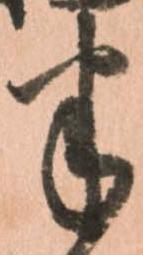
半